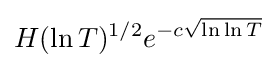
H(\ln T)^{1/2}e^{-c{\sqrt {\ln \ln T}}}